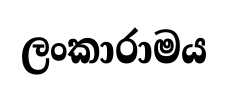
ලංකාරාමය